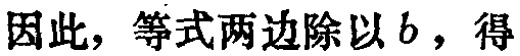
因此，等式两边除以\(b\)，得